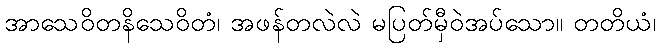
အာသေဝိတနိသေဝိတံ၊ အဖန်တလဲလဲ မပြတ်မှီဝဲအပ်သော။ တတိယံ၊